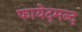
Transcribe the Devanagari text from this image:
फायेदमन्द